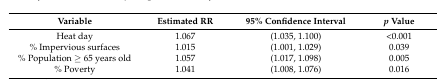
<table><thead><tr><td><b>Variable</b></td><td><b>Estimated RR</b></td><td><b>95% Confidence Interval</b></td><td><b><i>p</i> Value</b></td></tr></thead><tbody><tr><td>Heat day</td><td>1.067</td><td>(1.035, 1.100)</td><td>&lt;0.001</td></tr><tr><td>% Impervious surfaces</td><td>1.015</td><td>(1.001, 1.029)</td><td>0.039</td></tr><tr><td>% Population ≥ 65 years old</td><td>1.057</td><td>(1.017, 1.098)</td><td>0.005</td></tr><tr><td>% Poverty</td><td>1.041</td><td>(1.008, 1.076)</td><td>0.016</td></tr></tbody></table>